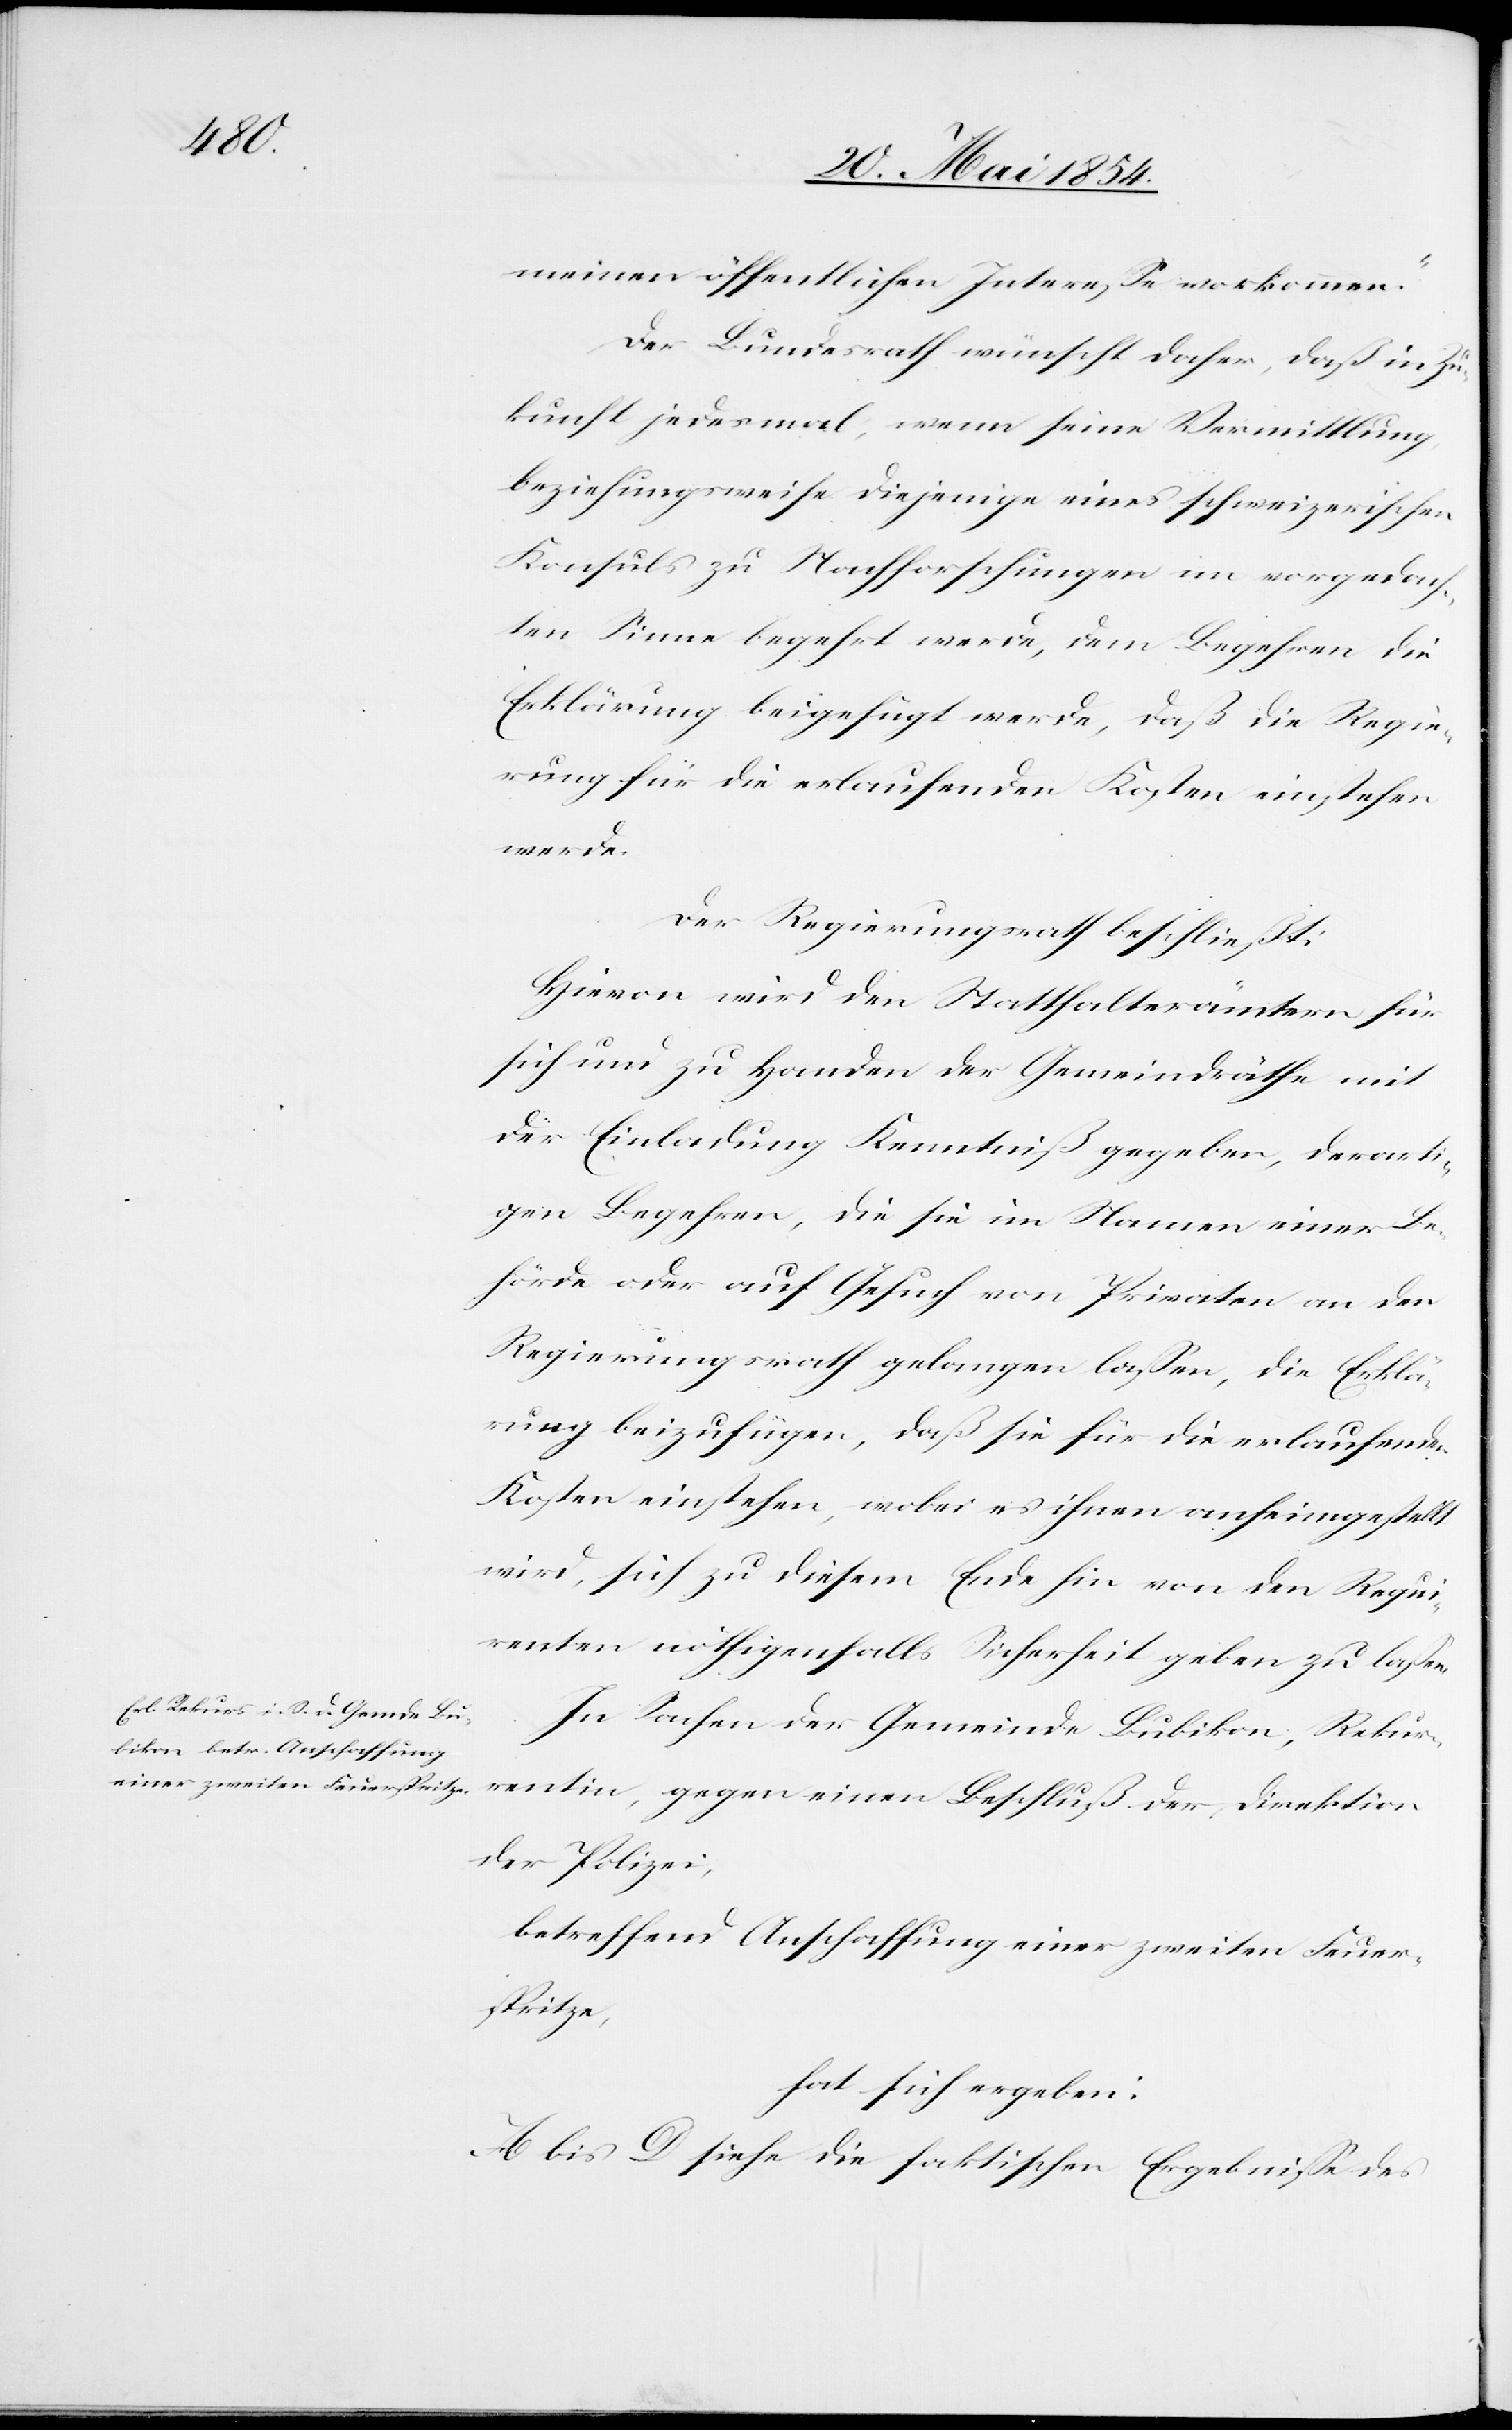
meinen öffentlichen Intereße vorkommen.“
Der Bundesrath wünscht daher, daß in Zu¬
kunft jedesmal, wenn seine Vermittlung
beziehungsweise diejenige eines schweizerischen
Konsuls zu Nachforschungen im vorgedach¬
ten Sinne begehrt werde, dem Begehren die
Erklärung beigefügt werde, daß die Regie¬
rung für die erlaufenden Kosten einstehen
werde.
Der Regierungsrath beschließt:
Hievon wird den Statthalterämtern für
sich und zu Handen der Gemeindräthe mit
der Einladung Kenntniß gegeben, derarti¬
ge Begehren, die sie im Namen einer Be¬
hörde oder auf Gesuch von Privaten an den
Regierungsrath gelangen laßen, die Erklä¬
rung beizufügen, daß sie für die erlaufenden
Kosten einstehen, wobei es ihnen anheimgestellt
wird, sich zu diesem Ende hin von den Requi¬
renten nöthigenfalls Sicherheit geben zu laßen.
In Sachen der Gemeinde Bubikon, Rekur¬
rentin, gegen einen Beschluß der Direktion
der Polizei,
betreffend Anschaffung einer zweiten Feuer¬
spritze,
hat sich ergeben:
A bis D siehe die faktischen Ergebniße des